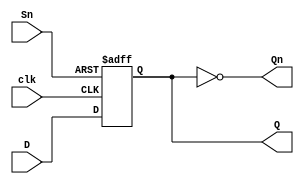
// D Flip Flop with async PRESET
// synchronized with global clock sysclk, 
// uses ck_ce clock enable signal to set the FF value
`default_nettype none
`timescale 1 ns / 100 ps
// module DFF2
// ( 
// 	input clk, d, ps,
// 	output reg q
// );
// 	parameter REGDLY = 1;
	
// 	always @(posedge clk or negedge ps) 
// 	begin
// 	 if(!ps) //Preset signal active low
// 	  q  = #REGDLY 1'b1; 
// 	 else q = #REGDLY d; 
// 	end 
// endmodule

//probar con cambiar a asignacion sin bloqueo
module DFF2
( 
	input clk, D, Sn,
	output reg Q,
	output Qn
);
	parameter REGDLY = 1;
	
	assign Qn = ~Q;

	always @(posedge clk or negedge Sn) 
	begin
	 if(!Sn) //Preset signal active low
		Q <= #5 1'b1;  //74ALS74
	 else 
	 	Q <= #25 D;  //74ALS74
	end 
endmodule